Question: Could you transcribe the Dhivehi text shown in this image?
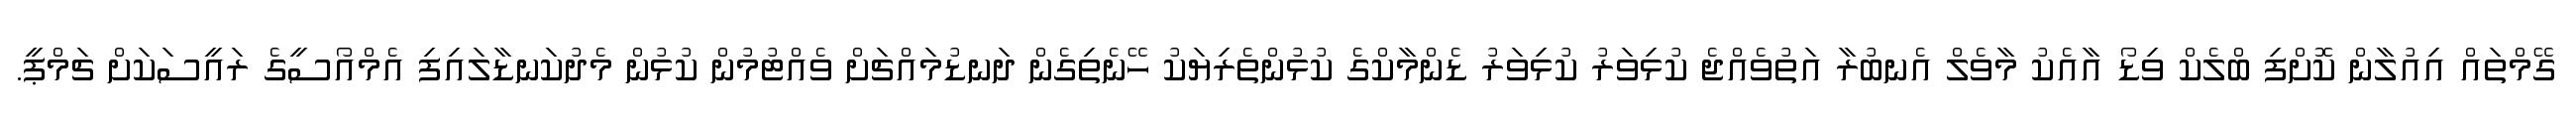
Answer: ގޭމްތައް އިއުލާން ކޮށްފި ބްލެކް ވިޑޯ އާއެކު މާވެލް އެނބުރާ އަތުވެއްޖެ ކުޅިވަރު ކުޅިވަރު ޑެންމާކްގެ ކުޅުންތެރިޔަކު ހޭނެތިގެން ދަނޑުމައްޗަށް ވެއްޓުމުން ކުޅުން މެދުކަނޑާލައިފި އެމްއޯސީގެ ރައީސަކަށް ޗަމްޕީ.